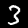
Label: 3